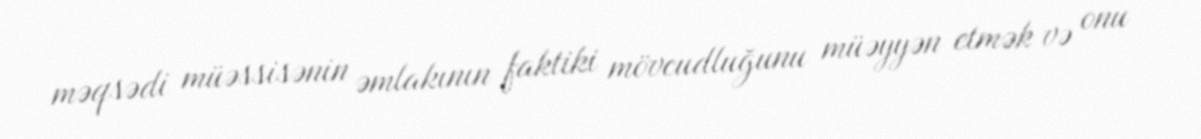
məqsədi müəssisənin əmlakının faktiki mövcudluğunu müəyyən etmək və onu